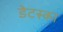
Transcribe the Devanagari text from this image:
डेटस्का